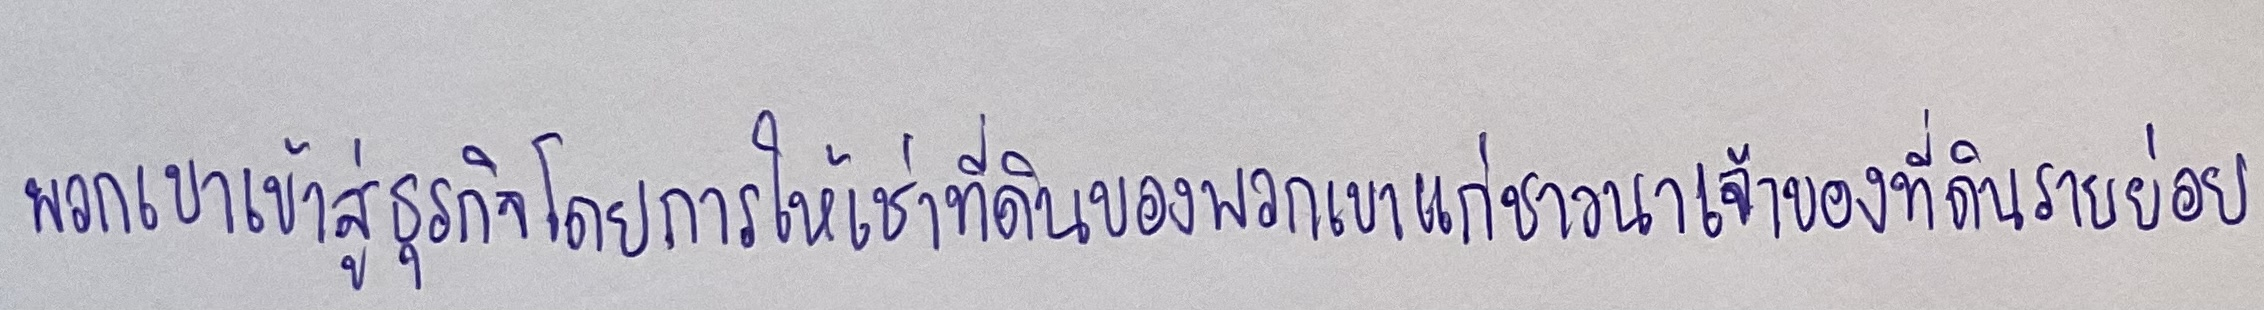
พวกเขาเข้าสู่ธุรกิจโดยการให้เช่าที่ดินของพวกเขาแก่ชาวนาเจ้าของที่ดินรายย่อย